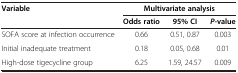
<table><thead><tr><td><b>Variable</b></td><td colspan="3"><b>Multivariate analysis</b></td></tr><tr><td><b> </b></td><td><b>Odds ratio</b></td><td><b>95% CI</b></td><td><b><i>P-</i>value</b></td></tr></thead><tbody><tr><td>SOFA score at infection occurrence</td><td>0.66</td><td>0.51, 0.87</td><td>0.003</td></tr><tr><td>Initial inadequate treatment</td><td>0.18</td><td>0.05, 0.68</td><td>0.01</td></tr><tr><td>High-dose tigecycline group</td><td>6.25</td><td>1.59, 24.57</td><td>0.009</td></tr></tbody></table>